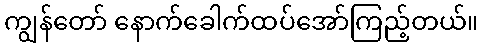
ကျွန်တော် နောက်ခေါက်ထပ်အော်ကြည့်တယ်။